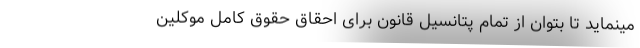
مینماید تا بتوان از تمام پتانسیل قانون برای احقاق حقوق کامل موکلین